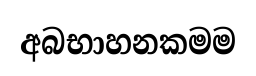
අබභාහනකමම